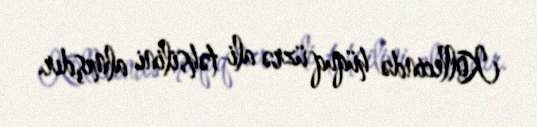
Kollecində hüquq üzrə ali təhsilini almışdır.